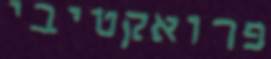
פרואקטיבי